Medical and sanitary report of the native army of Madras for the year
Year: 1877
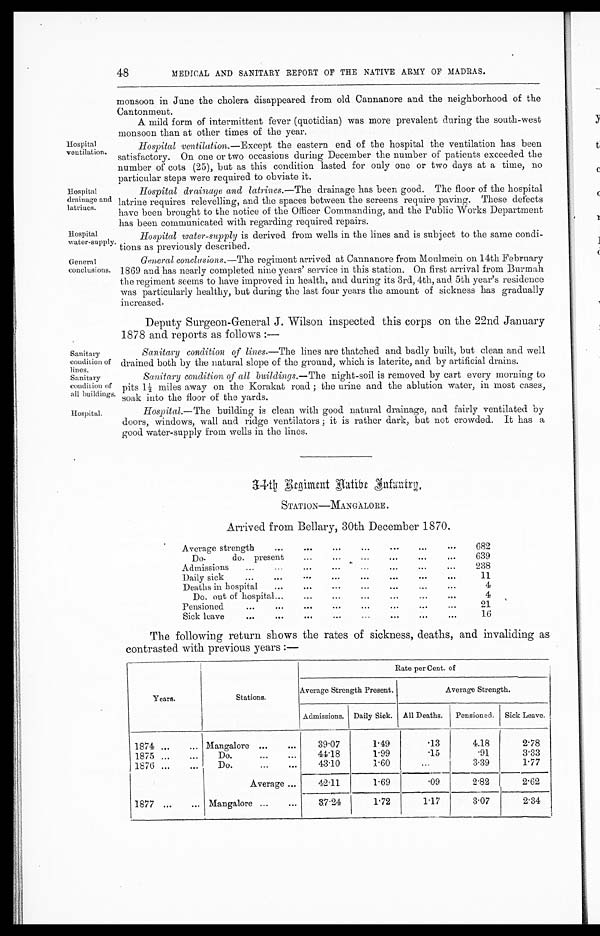
Hospital
drainage and
latrines.
Hospital
water-supply.
General
conclusions.
Sanitary
condition of
lines.
Sanitary
condition of
all Buildings.
Hospital.
48
MEDICAL AND SANITARY REPORT OF THE NATIVE ARMY OF MADRAS.
Hospital
ventilation.
monsoon in June the cholera disappeared from old Cannanore and the neighborhood of the
Cantonment.
A mild form of intermittent fever (quotidian) was more prevalent during the south-west
monsoon than at other times of the year.
Hospital ventilation.— Except the eastern end of the hospital the ventilation has been
satisfactory. On one or two occasions during December the number of patients exceeded the
number of cots (25), but as this condition lasted for only one or two days at a time, no
particular steps were required to obviate it.
Hospital drainage and latrines.—The drainage has been good. The floor of the hospital
latrine requires relevelling, and the spaces between the screens require paving. These defects
have been brought to the notice of the Officer Commanding, and the Public Works Department
has been communicated with regarding required repairs.
Hospital water-supply is derived from wells in the lines and is subject to the same condi-
tions as previously described.
General conclusions.— The regiment arrived at Cannanore from Moulmein on 14th February
1869 and has nearly completed nine years' service in this station. On first arrival from Burmah
the regiment seems to have improved in health, and during its 3rd, 4th, and 5th year's residence
was particularly healthy, but during the last four years the amount of sickness has gradually
increased.
Deputy Surgeon-General J. Wilson inspected this corps on the 22nd January
1878 and reports as follows :—
Sanitary condition of lines.—The lines are thatched and badly built, but clean and well
drained both by the natural slope of the ground, which is laterite, and by artificial drains.
Sanitary condition of all buildings.—The night-soil is removed by cart every morning to
pits 11/ 2m i l e s a w a y o n t h e K o r a k a t r o a d ; t h e u r i n e a n d t h e a b l u t i o n w a t e r , i n m o s t c a s e s ,
soak into the floor of the yards.
Hospital.—The building is clean with good natural drainage, and fairly ventilated by
doors, windows, wall and ridge ventilators ; it is rather dark, but not crowded. It has a
good water-supply from wells in the lines.
3 4 t h R e g i m e n t n a t i v e I n f a n t r y .
STATION—MANGALORE .
Arrived from Bellary, 30th December 1870.
Average strength
... ...
...
...
...
...
...
682
Do.
do. present
... ... ... ...
...
...
639
Admission
...
...
...
...
...
...
...
...
238
Daily sick
...
...
...
...
...
...
...
...
11
Deaths in hospital
...
...
...
...
...
...
...
4
Do. out of hospital...
...
...
...
...
... ...
4
Pensioned
... ...
...
... ...
...
...
...
21
Sick leave
...
...
... ... ...
•••
... ...
16
The following return shows the rates of sickness, deaths, and invaliding as
contrasted with previous years :—
Years.
Stations.
Rate per Cent. of
Average Strength Present.
Average Strength.
Admissions. Daily Sick.
All Deaths.
Pensioned. Sick Leave.
1874
...
...
M a n g l o r e ...
...
39.07
1.49
.13
4.18
2.78
1875 ...
...
Do.
... ...
44.18
1.99
.15
. 9 1 3.33
1876 ...
...
Do.
... ...
43.10
1.60
...
3.39
1.77
Average ...
42.11
1 . 69
.09
2.82
2.62
1877 ...
... Mangalore ...
...
37.24
1.72
1.17
3.07
2.34